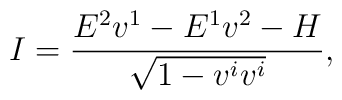
I=\frac{E^{2}v^{1}-E^{1}v^{2}-H}{\sqrt{1-v^{i}v^{i}}},